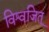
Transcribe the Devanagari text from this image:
विश्वजित्‌